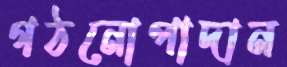
গঠনোপাদান